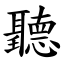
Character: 聽